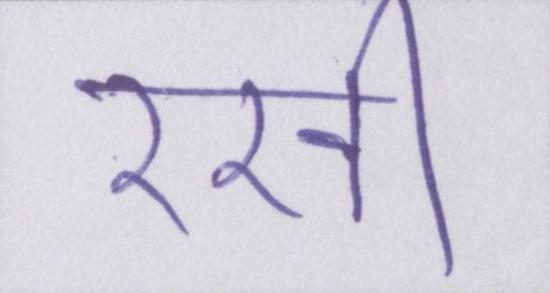
रखी